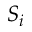
S _ { i }